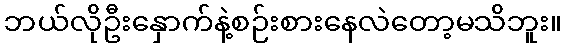
ဘယ်လိုဦးနှောက်နဲ့စဉ်းစားနေလဲတော့မသိဘူး။